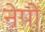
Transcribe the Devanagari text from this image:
नेपो